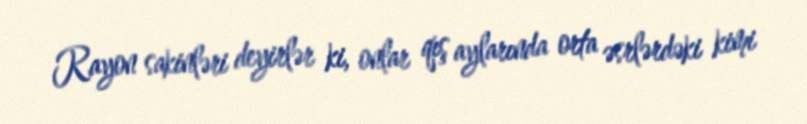
Rayon sakinləri deyirlər ki, onlar qış aylarında orta əsrlərdəki kimi